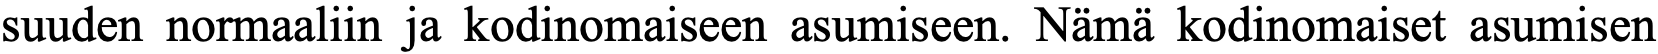
suuden normaaliin ja kodinomaiseen asumiseen. Nämä kodinomaiset asumisen